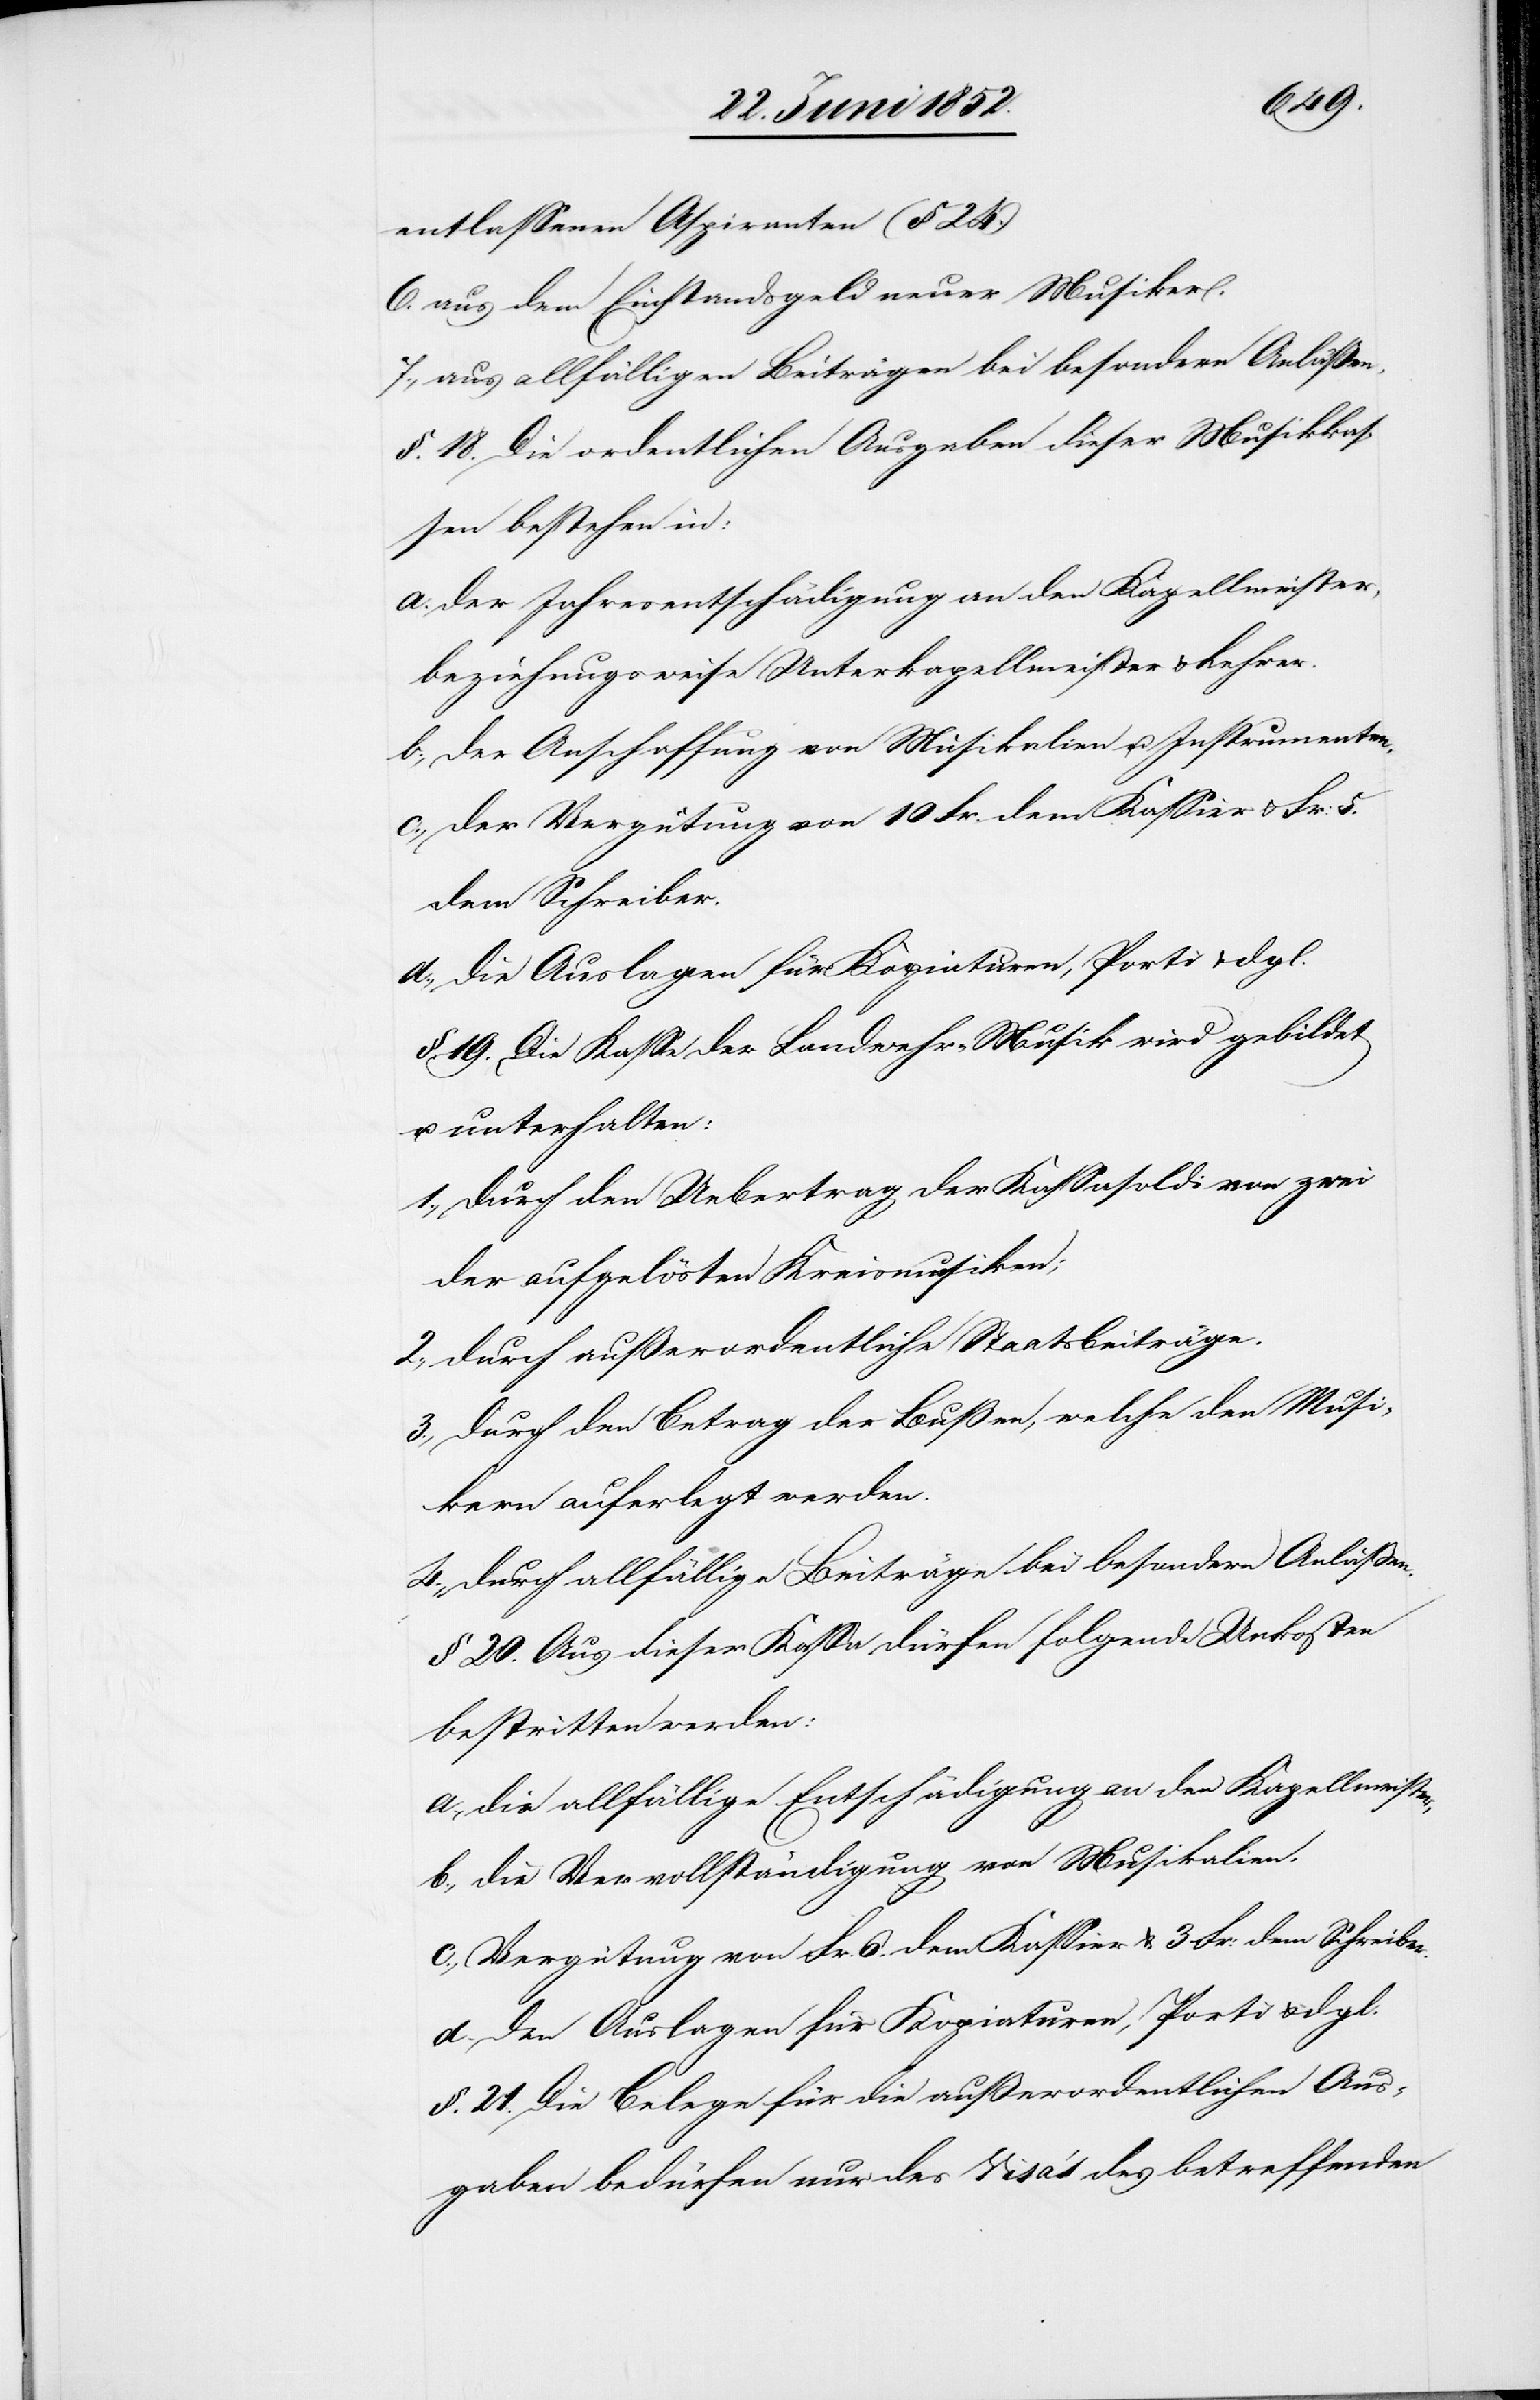
entlassenen Aspiranten (§ 24.)
6. aus dem Einstandsgeld neuer Musiker.
7., aus allfälligen Beiträgen bei besondern Anläßen.
§. 18. Die ordentlichen Ausgaben dieser Musikkas¬
sen bestehen in:
der Jahresentschädigung an den Kapellmeister,
beziehungsweise Unterkapellmeister & Lehrer.
der Anschaffung von Musikalien u. Instrumenten.
der Vergütung von 10 Fr. dem Kassier & Fr: 5.
dem Schreiber.
die Auslagen für Kopiaturen, Porti & dgl.
§. 19. Die Kasse der Landwehr-Musik wird gebildet
u. unterhalten:
1., durch den Uebertrag der Kassasoldi von zwei
der aufgelösten Kreismusiken;
2., durch außerordentliche Staatsbeiträge.
3., durch den Betrag der Bußen, welche den Musi¬
kern auferlegt werden.
4., durch allfällige Beiträge bei besondern Anläßen.
§ 20. Aus dieser Kassa dürfen folgende Unkosten
bestritten werden:
a., die allfällige Entschädigung an den Kapellmeister,
b., die Vervollständigung von Musikalien.
c., Vergütung von Fr. 6. dem Kassier & 3 Fr: dem Schreiber.
d. den Auslagen für Kopiaturen, Porti & dgl.
§. 21. Die Belege für die außerordentlichen Aus¬
gaben bedürfen nur des Visa’s des betreffenden